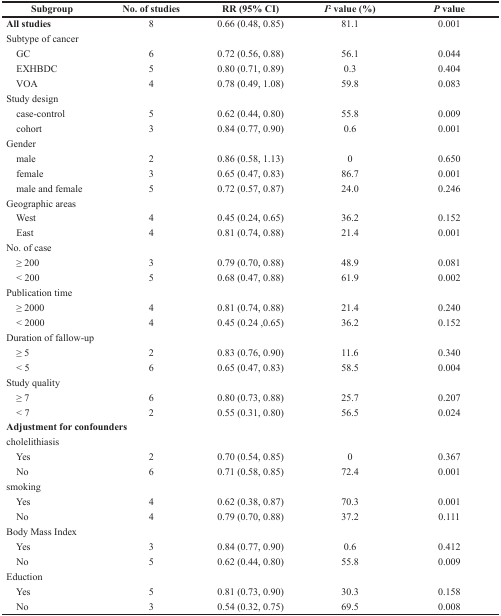
<table><thead><tr><td><b>Subgroup</b></td><td><b>No. of studies</b></td><td><b>RR (95% CI)</b></td><td><b><i>I</i><sup>2</sup>value (%)</b></td><td><b><i>P</i> value</b></td></tr></thead><tbody><tr><td><b>All studies</b></td><td>8</td><td>0.66 (0.48, 0.85)</td><td>81.1</td><td>0.001</td></tr><tr><td>Subtype of cancer</td><td></td><td></td><td></td><td></td></tr><tr><td> GC</td><td>6</td><td>0.72 (0.56, 0.88)</td><td>56.1</td><td>0.044</td></tr><tr><td> EXHBDC</td><td>5</td><td>0.80 (0.71, 0.89)</td><td>0.3</td><td>0.404</td></tr><tr><td> VOA</td><td>4</td><td>0.78 (0.49, 1.08)</td><td>59.8</td><td>0.083</td></tr><tr><td>Study design</td><td></td><td></td><td></td><td></td></tr><tr><td> case-control</td><td>5</td><td>0.62 (0.44, 0.80)</td><td>55.8</td><td>0.009</td></tr><tr><td> cohort</td><td>3</td><td>0.84 (0.77, 0.90)</td><td>0.6</td><td>0.001</td></tr><tr><td>Gender</td><td></td><td></td><td></td><td></td></tr><tr><td> male</td><td>2</td><td>0.86 (0.58, 1.13)</td><td>0</td><td>0.650</td></tr><tr><td> female</td><td>3</td><td>0.65 (0.47, 0.83)</td><td>86.7</td><td>0.001</td></tr><tr><td> male and female</td><td>5</td><td>0.72 (0.57, 0.87)</td><td>24.0</td><td>0.246</td></tr><tr><td>Geographic areas</td><td></td><td></td><td></td><td></td></tr><tr><td> West</td><td>4</td><td>0.45 (0.24, 0.65)</td><td>36.2</td><td>0.152</td></tr><tr><td> East</td><td>4</td><td>0.81 (0.74, 0.88)</td><td>21.4</td><td>0.001</td></tr><tr><td>No. of case</td><td></td><td></td><td></td><td></td></tr><tr><td> ≥ 200</td><td>3</td><td>0.79 (0.70, 0.88)</td><td>48.9</td><td>0.081</td></tr><tr><td> &lt; 200</td><td>5</td><td>0.68 (0.47, 0.88)</td><td>61.9</td><td>0.002</td></tr><tr><td>Publication time</td><td></td><td></td><td></td><td></td></tr><tr><td> ≥ 2000</td><td>4</td><td>0.81 (0.74, 0.88)</td><td>21.4</td><td>0.240</td></tr><tr><td> &lt; 2000</td><td>4</td><td>0.45 (0.24,0.65)</td><td>36.2</td><td>0.152</td></tr><tr><td>Duration of fallow-up</td><td></td><td></td><td></td><td></td></tr><tr><td> ≥ 5</td><td>2</td><td>0.83 (0.76, 0.90)</td><td>11.6</td><td>0.340</td></tr><tr><td> &lt; 5</td><td>6</td><td>0.65 (0.47, 0.83)</td><td>58.5</td><td>0.004</td></tr><tr><td>Study quality</td><td></td><td></td><td></td><td></td></tr><tr><td> ≥ 7</td><td>6</td><td>0.80 (0.73, 0.88)</td><td>25.7</td><td>0.207</td></tr><tr><td> &lt; 7</td><td>2</td><td>0.55 (0.31, 0.80)</td><td>56.5</td><td>0.024</td></tr><tr><td colspan="5"><b>Adjustment for confounders</b></td></tr><tr><td>cholelithiasis</td><td></td><td></td><td></td><td></td></tr><tr><td> Yes</td><td>2</td><td>0.70 (0.54, 0.85)</td><td>0</td><td>0.367</td></tr><tr><td> No</td><td>6</td><td>0.71 (0.58, 0.85)</td><td>72.4</td><td>0.001</td></tr><tr><td>smoking</td><td></td><td></td><td></td><td></td></tr><tr><td> Yes</td><td>4</td><td>0.62 (0.38, 0.87)</td><td>70.3</td><td>0.001</td></tr><tr><td> No</td><td>4</td><td>0.79 (0.70, 0.88)</td><td>37.2</td><td>0.111</td></tr><tr><td>Body Mass Index</td><td></td><td></td><td></td><td></td></tr><tr><td> Yes</td><td>3</td><td>0.84 (0.77, 0.90)</td><td>0.6</td><td>0.412</td></tr><tr><td> No</td><td>5</td><td>0.62 (0.44, 0.80)</td><td>55.8</td><td>0.009</td></tr><tr><td>Eduction</td><td></td><td></td><td></td><td></td></tr><tr><td> Yes</td><td>5</td><td>0.81 (0.73, 0.90)</td><td>30.3</td><td>0.158</td></tr><tr><td> No</td><td>3</td><td>0.54 (0.32, 0.75)</td><td>69.5</td><td>0.008</td></tr></tbody></table>